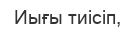
Иығы тиiсiп,